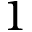
1